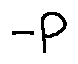
- P